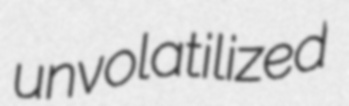
unvolatilized